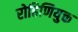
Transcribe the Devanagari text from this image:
रोहिणियुक्त